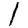
Digit: 1